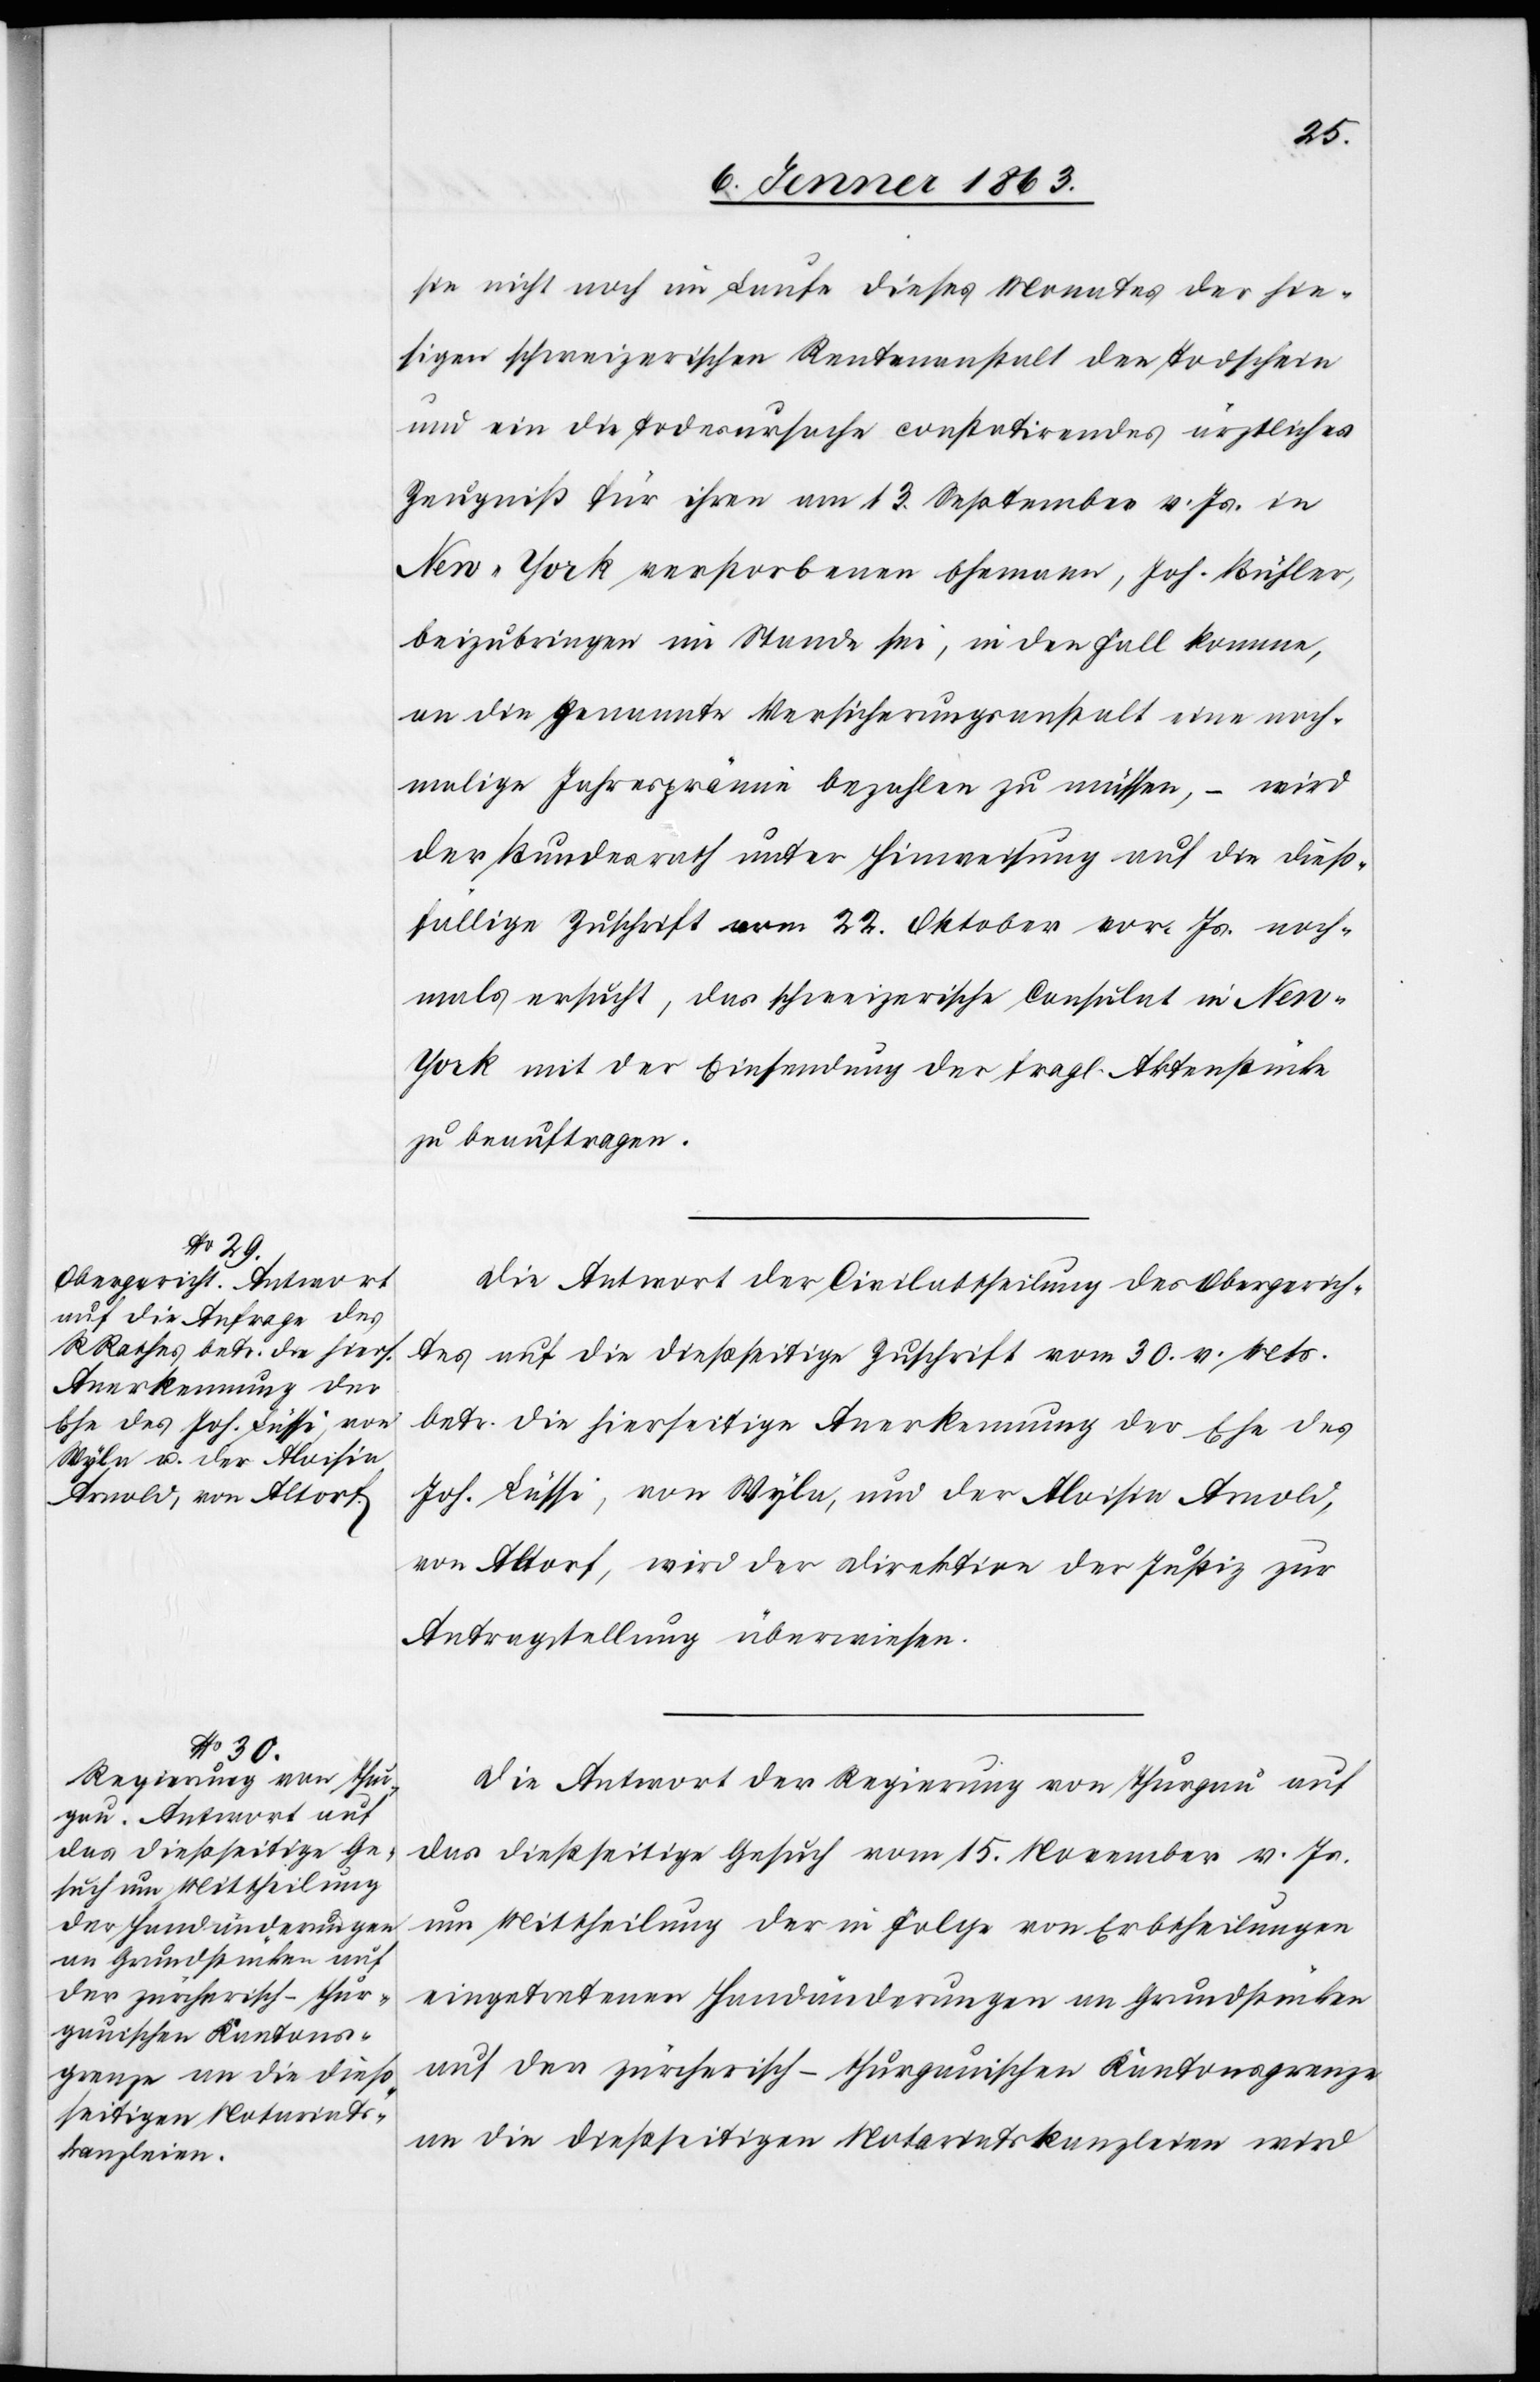
7. Jenner 1863.]
sie nicht noch im Laufe dieses Monates der hie¬
sigen schweizerischen Rentenanstalt den Todschein
und ein die Todesursache constatirendes ärztliches
Zeugniß für ihren am 13. September v. Js. in
New-York verstorbenen Ehemann, Joh. Bühler,
beizubringen im Stande sei, in den Fall komme,
an die genannte Versicherungsanstalt eine noch¬
malige Jahresprämie bezahlen zu müssen, – wird
der Bundesrath unter Hinweisung auf die dieß¬
fällige Zuschrift vom 22. Oktober vor. Js. noch¬
mals ersucht, das schweizerische Consulat in New-Y¬
ork mit der Einsendung der fragl. Aktenstücke
zu beauftragen.
Die Antwort der Civilabtheilung des Obergerich¬
tes auf die dießseitige Zuschrift vom 30. v. Mts.
betr. die hierseitige Anerkennung der Ehe des
Joh. Lüssi, von Wyla, und der Aloisia Arnold,
von Altorf, wird der Direktion der Justiz zur
Antragstellung überwiesen.
Die Antwort der Regierung von Thurgau auf
das dießseitige Gesuch vom 15. November v. Js.
um Mittheilung der in Folge von Erbtheilungen
eingetretenen Handänderungen an Grundstücken
auf der zürcherisch-thurgauischen Kantonsgrenze
an die dießseitigen Notariatskanzleien wird